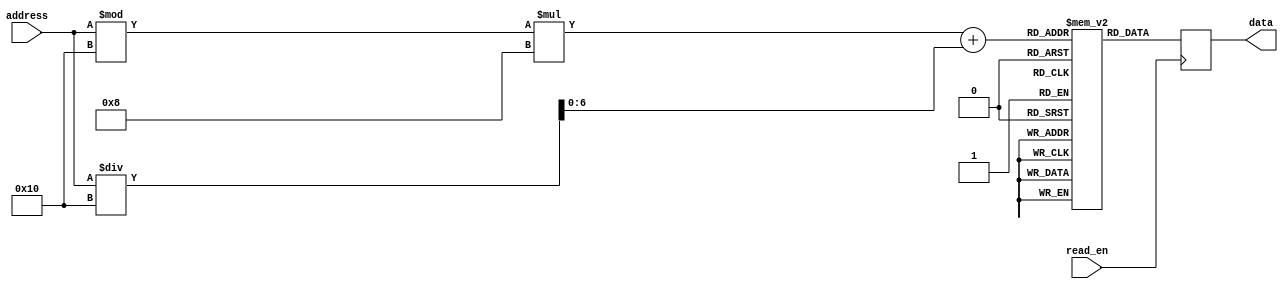
module fuse_ROM(
    input wire [7:0] address,
    input wire read_en,
    output reg [7:0] data
);

// Define memory block size and number of blocks
parameter BLOCK_SIZE = 8;
parameter NUM_BLOCKS = 16;

// Define memory array
reg [7:0] memory[NUM_BLOCKS][BLOCK_SIZE];

// Read operation
always @(posedge read_en)
begin
    data <= memory[address % NUM_BLOCKS][address / NUM_BLOCKS];
end

endmodule